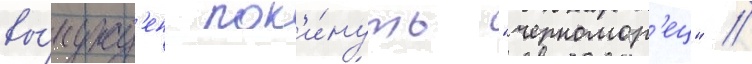
вы́нужд'ен пок'и́нуть "черномор'ец" /